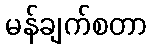
မန်ချက်စတာ